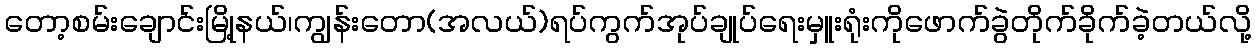
တော့စမ်းချောင်းမြို့နယ်၊ကျွန်းတော(အလယ်)ရပ်ကွက်အုပ်ချုပ်ရေးမှူးရုံးကိုဖောက်ခွဲတိုက်ခိုက်ခဲ့တယ်လို့